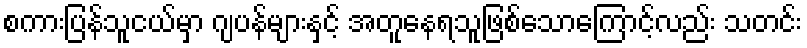
စကားပြန်သူငယ်မှာ ဂျပန်များနှင့် အတူနေရသူဖြစ်သောကြောင့်လည်း သတင်း